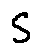
s